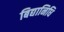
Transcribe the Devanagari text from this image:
बिद्यानिधि